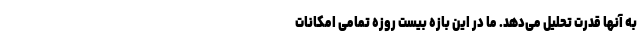
به آنها قدرت تحلیل می‌دهد. ما در این بازه بیست روزه تمامی امکانات